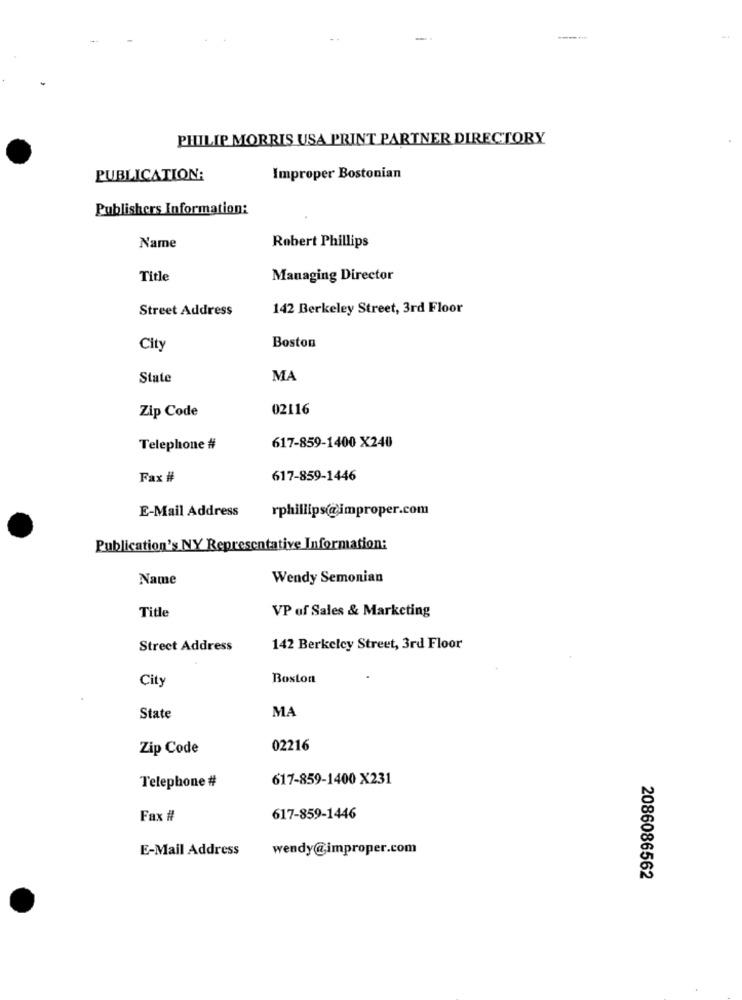
PHILIP MORRIS USA PRINT PARTNER DIRECTORY
PUBLICATION:
Improper Bostonian
Publishers Information:
Name
Robert Phillips
Title
Managing Director
Street Address
142 Berkeley Street, 3rd Floor
Boston
City
State
MA
Zip Code
02116
Telephone #
617-859-1400 X240
Fax #
617-859-1446
E-Mail Address
rphillips@improper.com
Publication's NY Representative Information:
Name
Wendy Semonian
Title
VP of Sales & Marketing
Street Address
142 Berkeley Street, 3rd Floor
City
Boston
MA
State
Zip Code
02216
617-859-1400 X231
Telephone #
Fax #
617-859-1446
E-Mail Address
wendy@improper.com
2086086562